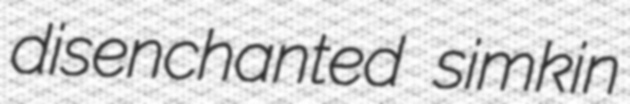
disenchanted simkin